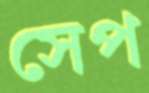
সেপ